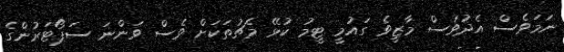
ނަމަވެސް އެދުވަސް މާޒީވެ ގައުމީ ޓީމު ކުޅޭ މެޗުތަކަށް ވެސް ވަންނަ ސަޕޯޓަރުންގެ